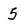
Character: 5